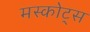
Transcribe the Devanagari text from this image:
मस्कोट्स